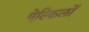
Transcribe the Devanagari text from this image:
ऐल्किलों